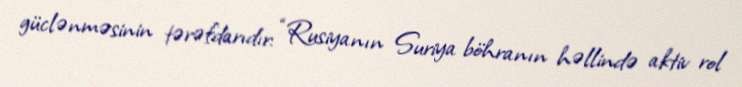
güclənməsinin tərəfdarıdır: “Rusiyanın Suriya böhranın həllində aktiv rol